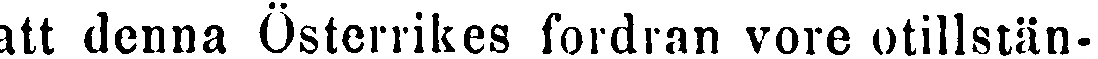
att denna Österrikes fordran vore otillstän-